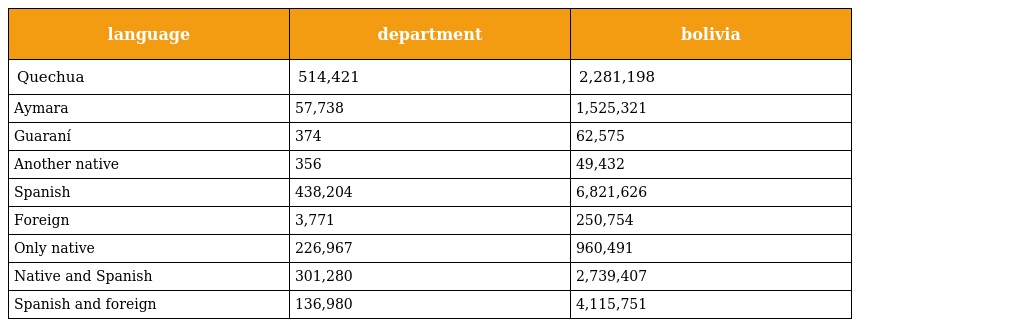
| language | department | bolivia |
 | --- | --- | --- |
 | Quechua | 514,421 | 2,281,198 |
 | Aymara | 57,738 | 1,525,321 |
 | Guaraní | 374 | 62,575 |
 | Another native | 356 | 49,432 |
 | Spanish | 438,204 | 6,821,626 |
 | Foreign | 3,771 | 250,754 |
 | Only native | 226,967 | 960,491 |
 | Native and Spanish | 301,280 | 2,739,407 |
 | Spanish and foreign | 136,980 | 4,115,751 |